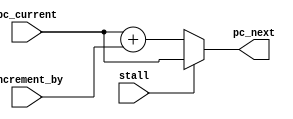
/**
Program Counter Incrementer
*/

module pc_increment(pc_current, stall, increment_by, pc_next);
input [15:0] pc_current;
input [1:0] increment_by;
input stall;
output [15:0] pc_next;

wire [15:0] pc_next;

assign pc_next = stall ? pc_current : (pc_current + increment_by);

endmodule